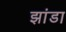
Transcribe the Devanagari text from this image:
झांडा